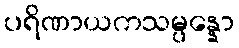
ပရိဏာယကသမ္ပန္နော